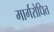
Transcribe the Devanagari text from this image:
मार्गरोधित